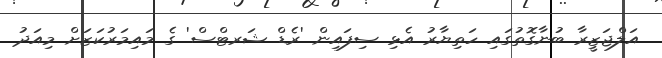
އަލްޖަޒީރާ ބުނާގޮތުގައި ހަތިޔާރު އެޅި ސިފައިން 'ރެޑް ޝަރޓްސް' ގެ މައިމަރުކަޒަށް މިއަދު